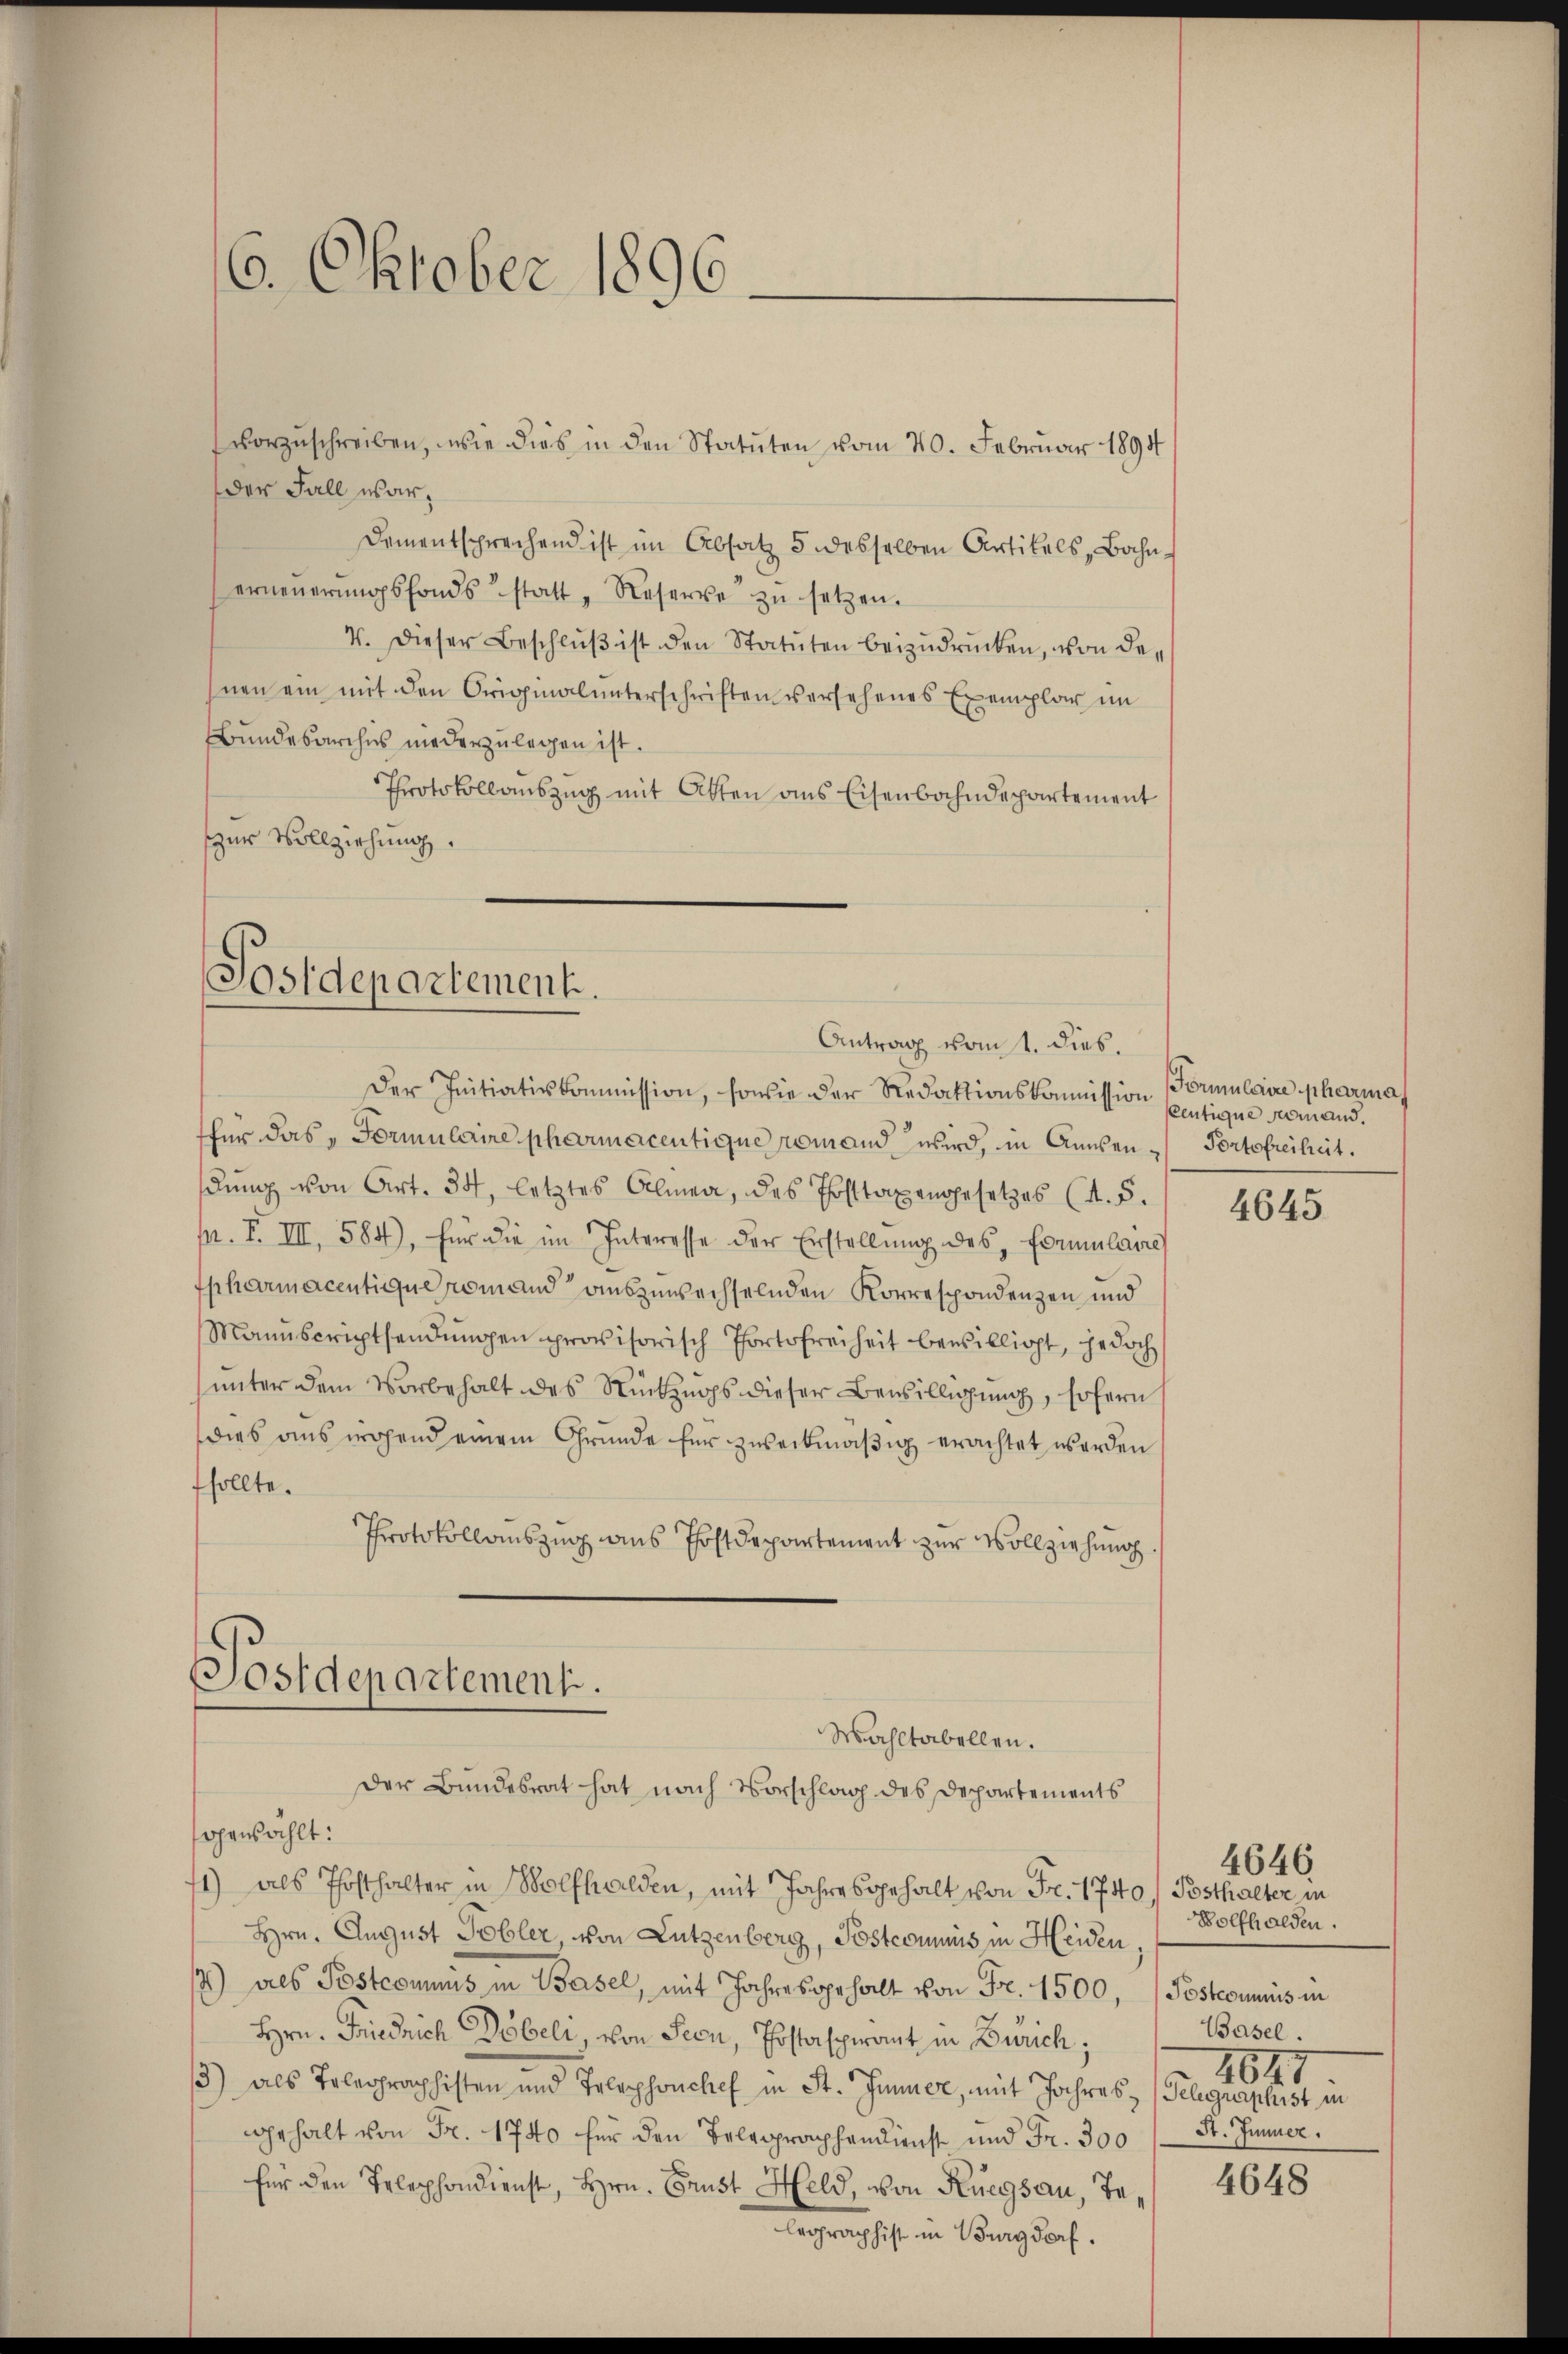
6. Oktober 1896

der Fall war,
Dementsprechend ist im Absatz 5 desselben Artikels, Bahnerneŭerŭngsfonds statt „Reserve zŭ setzen.
4. Dieser Beschlŭβ ist den Statuten beizudrücken, von dehnen ein mit den Originalunterschriften versehenes Exemplar im
Bundesarchus niederzulegen ist.
Protokollauszug mit Atten ans Eisenbahndepartement
zur Vollziehung.

vorzuschreiben, wie dies in den Statuten vom 20. Februar 1894

Postdepartement.
Antrag vom 1. dies.

Wahltabellen.
Der Bundesrat hat nach Vorschlag des Departements

Der Initiativkommission, sowie der Redaktionskommission (Formulaire pharma
für das „Formulaire pharmacentique romand wird, in Anden Portofreiheit.
dŭng von Art. 34, letztes Almen, des Posttaxengesetzes (s. S.
pr. F. III, 584), für die im Interesse der Erstellŭng des Formularre
Epharmacentique romand auszuwechselnden Korrespondenzen und
Manuscriptsendungen provisorisch Portofreiheit bewilligt, jedoch
unter dem Vorbehalt des Rückzugs dieser Bewilligung, sofern
dies aus irgend einem Grunde für zweckmäßig erachtet werden
fsollte.
Protokollauszug aus Postdepartement zur Vollziehung
Postdepartement.

opansählt:
71) als Posthalter in Wolfhalden, mit Jahresgehalt von Fr. 1740, Pesthalter in
Hrn. August Tobler, von Lutzenberg, Postcommuis in Heiden,
1) als Postcommis in Basel, mit Jahresgehalt von Fr. 1500, (Postcommis in
Hrn. Friedrich Döbeli, von Seon, Postaspirant in Zürich;
3) als Telegraphisten und Telephonchef in St. Jenner, mit Jahres Telegraphist in
gehalt von Fr. 1740 für den Telegraphendienst und Fr. 300
für den Telephondienst, Hrn. Grust Held, von Ruegsau, Ta¬
Legraphist in Burgdorf.

Centique niemand.

4645

4646.
Wolfhalden.
Basel.
2647
St. Immer.

4648